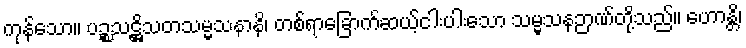
ကုန်သော။ ပဉ္စသဋ္ဌိသတသမ္မသနာနိ၊ တစ်ရာခြောက်ဆယ့်ငါးပါးသော သမ္မသနဉာဏ်တို့သည်။ ဟောန္တိ၊